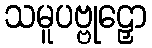
သမူပဗ္ဗုဠှော